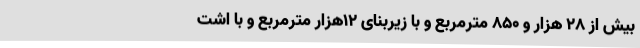
بیش از 28 هزار و 850 مترمربع و با زیربنای 12هزار مترمربع و با اشت